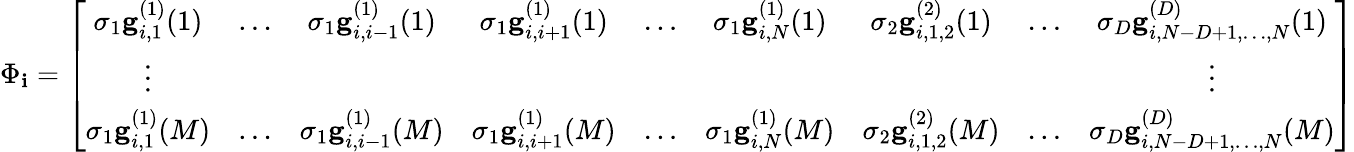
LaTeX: \Phi_{\mathbf{i}}=\left[\begin{array}{ccccccccc}{\sigma_{1}\mathbf{g}_{i,1}^{(1)}(1)}&{\ldots}&{\sigma_{1}\mathbf{g}_{i,i-1}^{(1)}(1)}&{\sigma_{1}\mathbf{g}_{i,i+1}^{(1)}(1)}&{\ldots}&{\sigma_{1}\mathbf{g}_{i,N}^{(1)}(1)}&{\sigma_{2}\mathbf{g}_{i,1,2}^{(2)}(1)}&{\ldots}&{\sigma_{D}\mathbf{g}_{i,N-D+1,\ldots,N}^{(D)}(1)}\\ {\vdots}&{}&{}&{}&{}&{}&{}&{}&{\vdots}\\ {\sigma_{1}\mathbf{g}_{i,1}^{(1)}(M)}&{\ldots}&{\sigma_{1}\mathbf{g}_{i,i-1}^{(1)}(M)}&{\sigma_{1}\mathbf{g}_{i,i+1}^{(1)}(M)}&{\ldots}&{\sigma_{1}\mathbf{g}_{i,N}^{(1)}(M)}&{\sigma_{2}\mathbf{g}_{i,1,2}^{(2)}(M)}&{\ldots}&{\sigma_{D}\mathbf{g}_{i,N-D+1,\ldots,N}^{(D)}(M)}\end{array}\right]